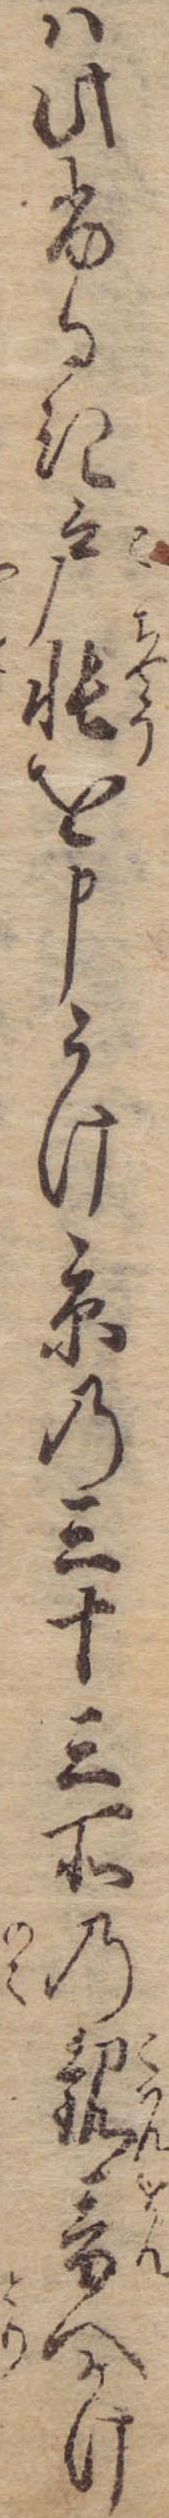
は此ふるき戸帳を申うけ京の三十三所の観音へかけ